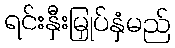
ရင်းနှီးမြှုပ်နှံမည်